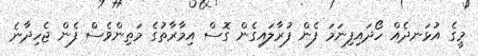
މީގެ އުޅަނދެއް ހޯދައިފިނަމަ ފެން ފުރާލައިގެން ގޮސް އިމާރާތުގެ މަތިންވެސް ފެން ޖެހިދާނެ